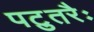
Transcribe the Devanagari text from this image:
पटुतरैः